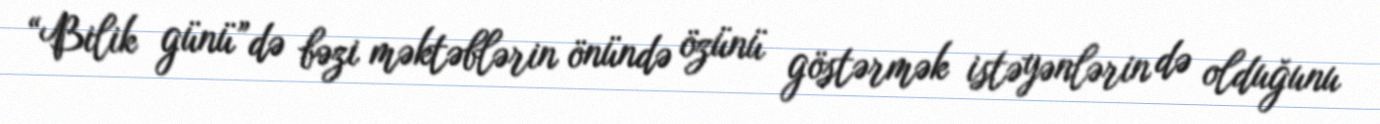
“Bilik günü”də bəzi məktəblərin önündə özünü göstərmək istəyənlərin də olduğunu